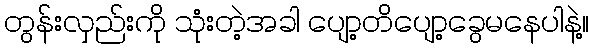
တွန်းလှည်းကို သုံးတဲ့အခါ ပျော့တိပျော့ခွေမနေပါနဲ့။